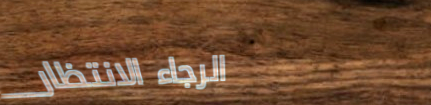
الرجاء الانتظار